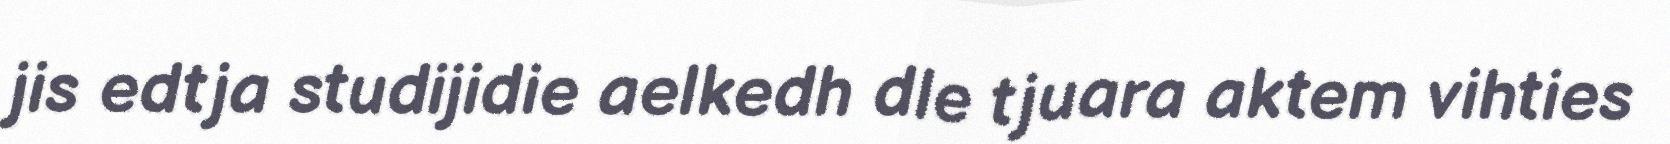
jis edtja studijidie aelkedh dle tjuara aktem vihties